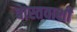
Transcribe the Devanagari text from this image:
वास्तवाशी